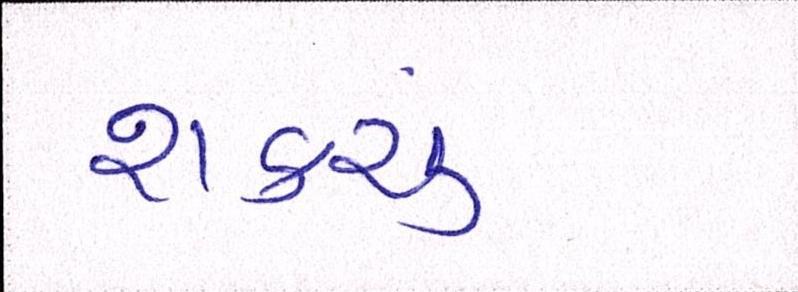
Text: શકયું